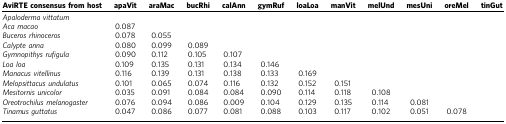
| AviRTE consensus from host | apaVit | araMac | bucRhi | calAnn | gymRuf | loaLoa | manVit | melUnd | mesUni | oreMel | tinGut |
 | --- | --- | --- | --- | --- | --- | --- | --- | --- | --- | --- | --- |
 | Apaloderma vittatum |  |  |  |  |  |  |  |  |  |  |  |
 | Aca macao | 0.087 |  |  |  |  |  |  |  |  |  |  |
 | Buceros rhinoceros | 0.078 | 0.055 |  |  |  |  |  |  |  |  |  |
 | Calypte anna | 0.080 | 0.099 | 0.089 |  |  |  |  |  |  |  |  |
 | Gymnopithys rufigula | 0.090 | 0.112 | 0.105 | 0.107 |  |  |  |  |  |  |  |
 | Loa loa | 0.109 | 0.135 | 0.131 | 0.134 | 0.146 |  |  |  |  |  |  |
 | Manacus vitellinus | 0.116 | 0.139 | 0.131 | 0.138 | 0.133 | 0.169 |  |  |  |  |  |
 | Melopsittacus undulatus | 0.101 | 0.065 | 0.074 | 0.116 | 0.132 | 0.152 | 0.151 |  |  |  |  |
 | Mesitornis unicolor | 0.035 | 0.091 | 0.084 | 0.084 | 0.090 | 0.114 | 0.118 | 0.108 |  |  |  |
 | Oreotrochilus melanogaster | 0.076 | 0.094 | 0.086 | 0.009 | 0.104 | 0.129 | 0.135 | 0.114 | 0.081 |  |  |
 | Tinamus guttatus | 0.047 | 0.086 | 0.077 | 0.081 | 0.088 | 0.103 | 0.117 | 0.102 | 0.051 | 0.078 |  |